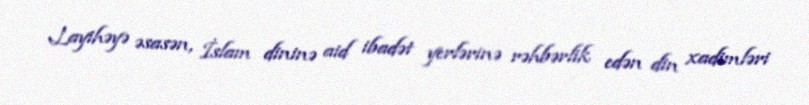
Layihəyə əsasən, İslam dininə aid ibadət yerlərinə rəhbərlik edən din xadimləri